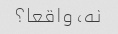
نه، واقعا؟